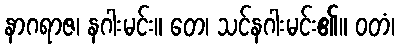
နာဂရာဇ၊ နဂါးမင်း။ တေ၊ သင်နဂါးမင်း၏။ ဝတံ၊